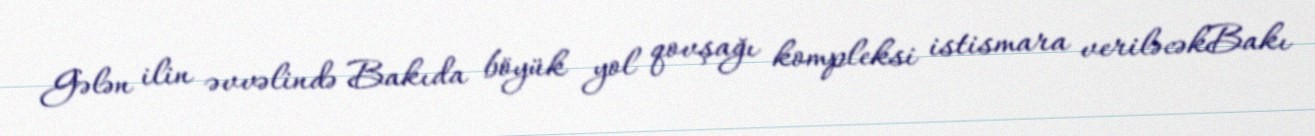
Gələn ilin əvvəlində Bakıda böyük yol qovşağı kompleksi istismara veriləcəkBakı